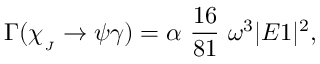
\Gamma ( \chi _ { _ { J } } \rightarrow \psi \gamma ) = \alpha ~ \frac { 1 6 } { 8 1 } ~ \omega ^ { 3 } | E 1 | ^ { 2 } ,